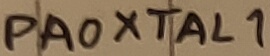
Text: PA0XTAL1